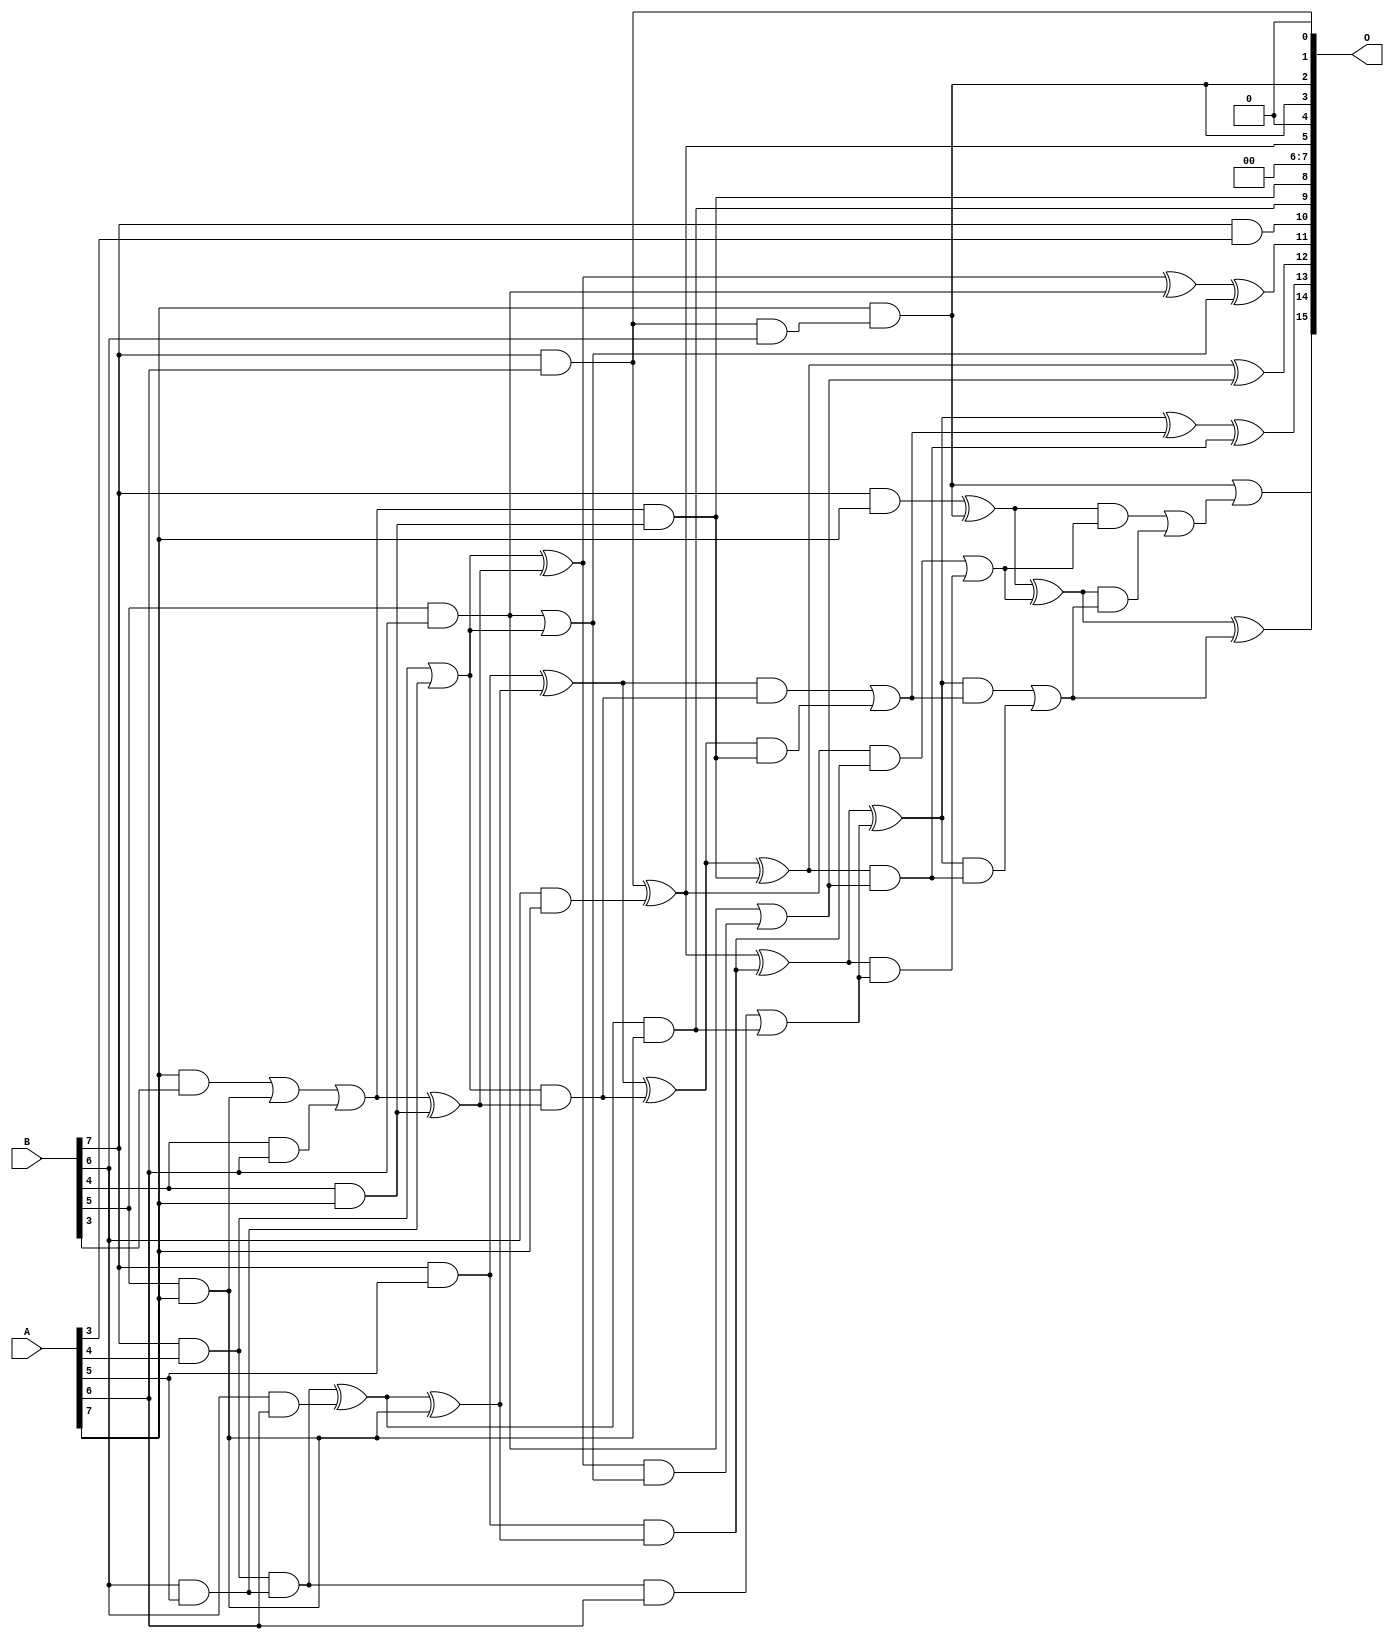
/***
* This code is a part of EvoApproxLib library (ehw.fit.vutbr.cz/approxlib) distributed under The MIT License.
* When used, please cite the following article(s): PRABAKARAN B. S., MRAZEK V., VASICEK Z., SEKANINA L., SHAFIQUE M. ApproxFPGAs: Embracing ASIC-based Approximate Arithmetic Components for FPGA-Based Systems. DAC 2020. 
***/
// MAE% = 1.61 %
// MAE = 1058 
// WCE% = 7.57 %
// WCE = 4961 
// WCRE% = 100.00 %
// EP% = 99.19 %
// MRE% = 22.68 %
// MSE = 17428.185e2 
// FPGA_POWER = 0.37
// FPGA_DELAY = 7.7
// FPGA_LUT = 16

module mul8u_14HJ (
    A,
    B,
    O
);

input [7:0] A;
input [7:0] B;
output [15:0] O;

wire sig_47,sig_55,sig_62,sig_63,sig_69,sig_70,sig_71,sig_76,sig_77,sig_78,sig_79,sig_142,sig_143,sig_145,sig_146,sig_147,sig_203,sig_206,sig_207,sig_209;
wire sig_210,sig_212,sig_213,sig_214,sig_215,sig_216,sig_217,sig_218,sig_253,sig_254,sig_255,sig_256,sig_283,sig_285,sig_286,sig_287,sig_288,sig_289,sig_290,sig_291;
wire sig_292,sig_293,sig_294,sig_295,sig_296,sig_297,sig_298,sig_299,sig_332,sig_333,sig_337,sig_338,sig_339,sig_340,sig_341,sig_342,sig_343,sig_344,sig_345,sig_346;
wire sig_348;

assign sig_47 = B[7] & A[3];
assign sig_55 = B[7] & A[4];
assign sig_62 = B[6] & A[5];
assign sig_63 = B[7] & A[5];
assign sig_69 = B[4] & A[6];
assign sig_70 = B[6] & A[6];
assign sig_71 = B[7] & A[6];
assign sig_76 = B[4] & A[7];
assign sig_77 = B[5] & A[7];
assign sig_78 = B[6] & A[7];
assign sig_79 = B[7] & A[7];
assign sig_142 = A[7] & B[3];
assign sig_143 = A[7] & B[5];
assign sig_145 = sig_142 | sig_143;
assign sig_146 = sig_55 & sig_62;
assign sig_147 = sig_55 | sig_62;
assign sig_203 = B[5] & A[6];
assign sig_206 = sig_203 | sig_147;
assign sig_207 = sig_145 | sig_69;
assign sig_209 = sig_207 & sig_76;
assign sig_210 = sig_207 ^ sig_76;
assign sig_212 = sig_146 ^ sig_70;
assign sig_213 = sig_146 & A[6];
assign sig_214 = sig_212 & sig_77;
assign sig_215 = sig_212 ^ sig_77;
assign sig_216 = sig_213 | sig_214;
assign sig_217 = sig_71 & B[6];
assign sig_218 = sig_71 ^ sig_78;
assign sig_253 = sig_147 & sig_210;
assign sig_254 = sig_147 ^ sig_210;
assign sig_255 = sig_63 & sig_215;
assign sig_256 = sig_63 ^ sig_215;
assign sig_283 = sig_254 ^ sig_203;
assign sig_285 = sig_254 & sig_206;
assign sig_286 = sig_283 ^ sig_206;
assign sig_287 = sig_203 | sig_285;
assign sig_288 = sig_256 ^ sig_253;
assign sig_289 = sig_256 & sig_253;
assign sig_290 = sig_288 & sig_209;
assign sig_291 = sig_288 ^ sig_209;
assign sig_292 = sig_289 | sig_290;
assign sig_293 = sig_218 ^ sig_255;
assign sig_294 = sig_218 & sig_255;
assign sig_295 = sig_293 & sig_216;
assign sig_296 = sig_293 ^ sig_216;
assign sig_297 = sig_294 | sig_295;
assign sig_298 = A[7] & sig_217;
assign sig_299 = sig_79 ^ sig_298;
assign sig_332 = sig_291 ^ sig_287;
assign sig_333 = sig_291 & sig_287;
assign sig_337 = sig_296 ^ sig_292;
assign sig_338 = sig_296 & sig_292;
assign sig_339 = sig_296 & sig_333;
assign sig_340 = sig_337 ^ sig_333;
assign sig_341 = sig_338 | sig_339;
assign sig_342 = sig_299 ^ sig_297;
assign sig_343 = sig_299 & sig_297;
assign sig_344 = sig_342 & sig_341;
assign sig_345 = sig_342 ^ sig_341;
assign sig_346 = sig_343 | sig_344;
assign sig_348 = sig_298 | sig_346;

assign O[15] = sig_348;
assign O[14] = sig_345;
assign O[13] = sig_340;
assign O[12] = sig_332;
assign O[11] = sig_286;
assign O[10] = sig_47;
assign O[9] = sig_214;
assign O[8] = sig_209;
assign O[7] = 1'b0;
assign O[6] = 1'b0;
assign O[5] = sig_218;
assign O[4] = 1'b0;
assign O[3] = sig_298;
assign O[2] = sig_298;
assign O[1] = 1'b0;
assign O[0] = sig_71;

endmodule